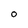
Character: O